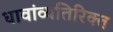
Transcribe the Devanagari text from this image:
धावांव्यतिरिक्त